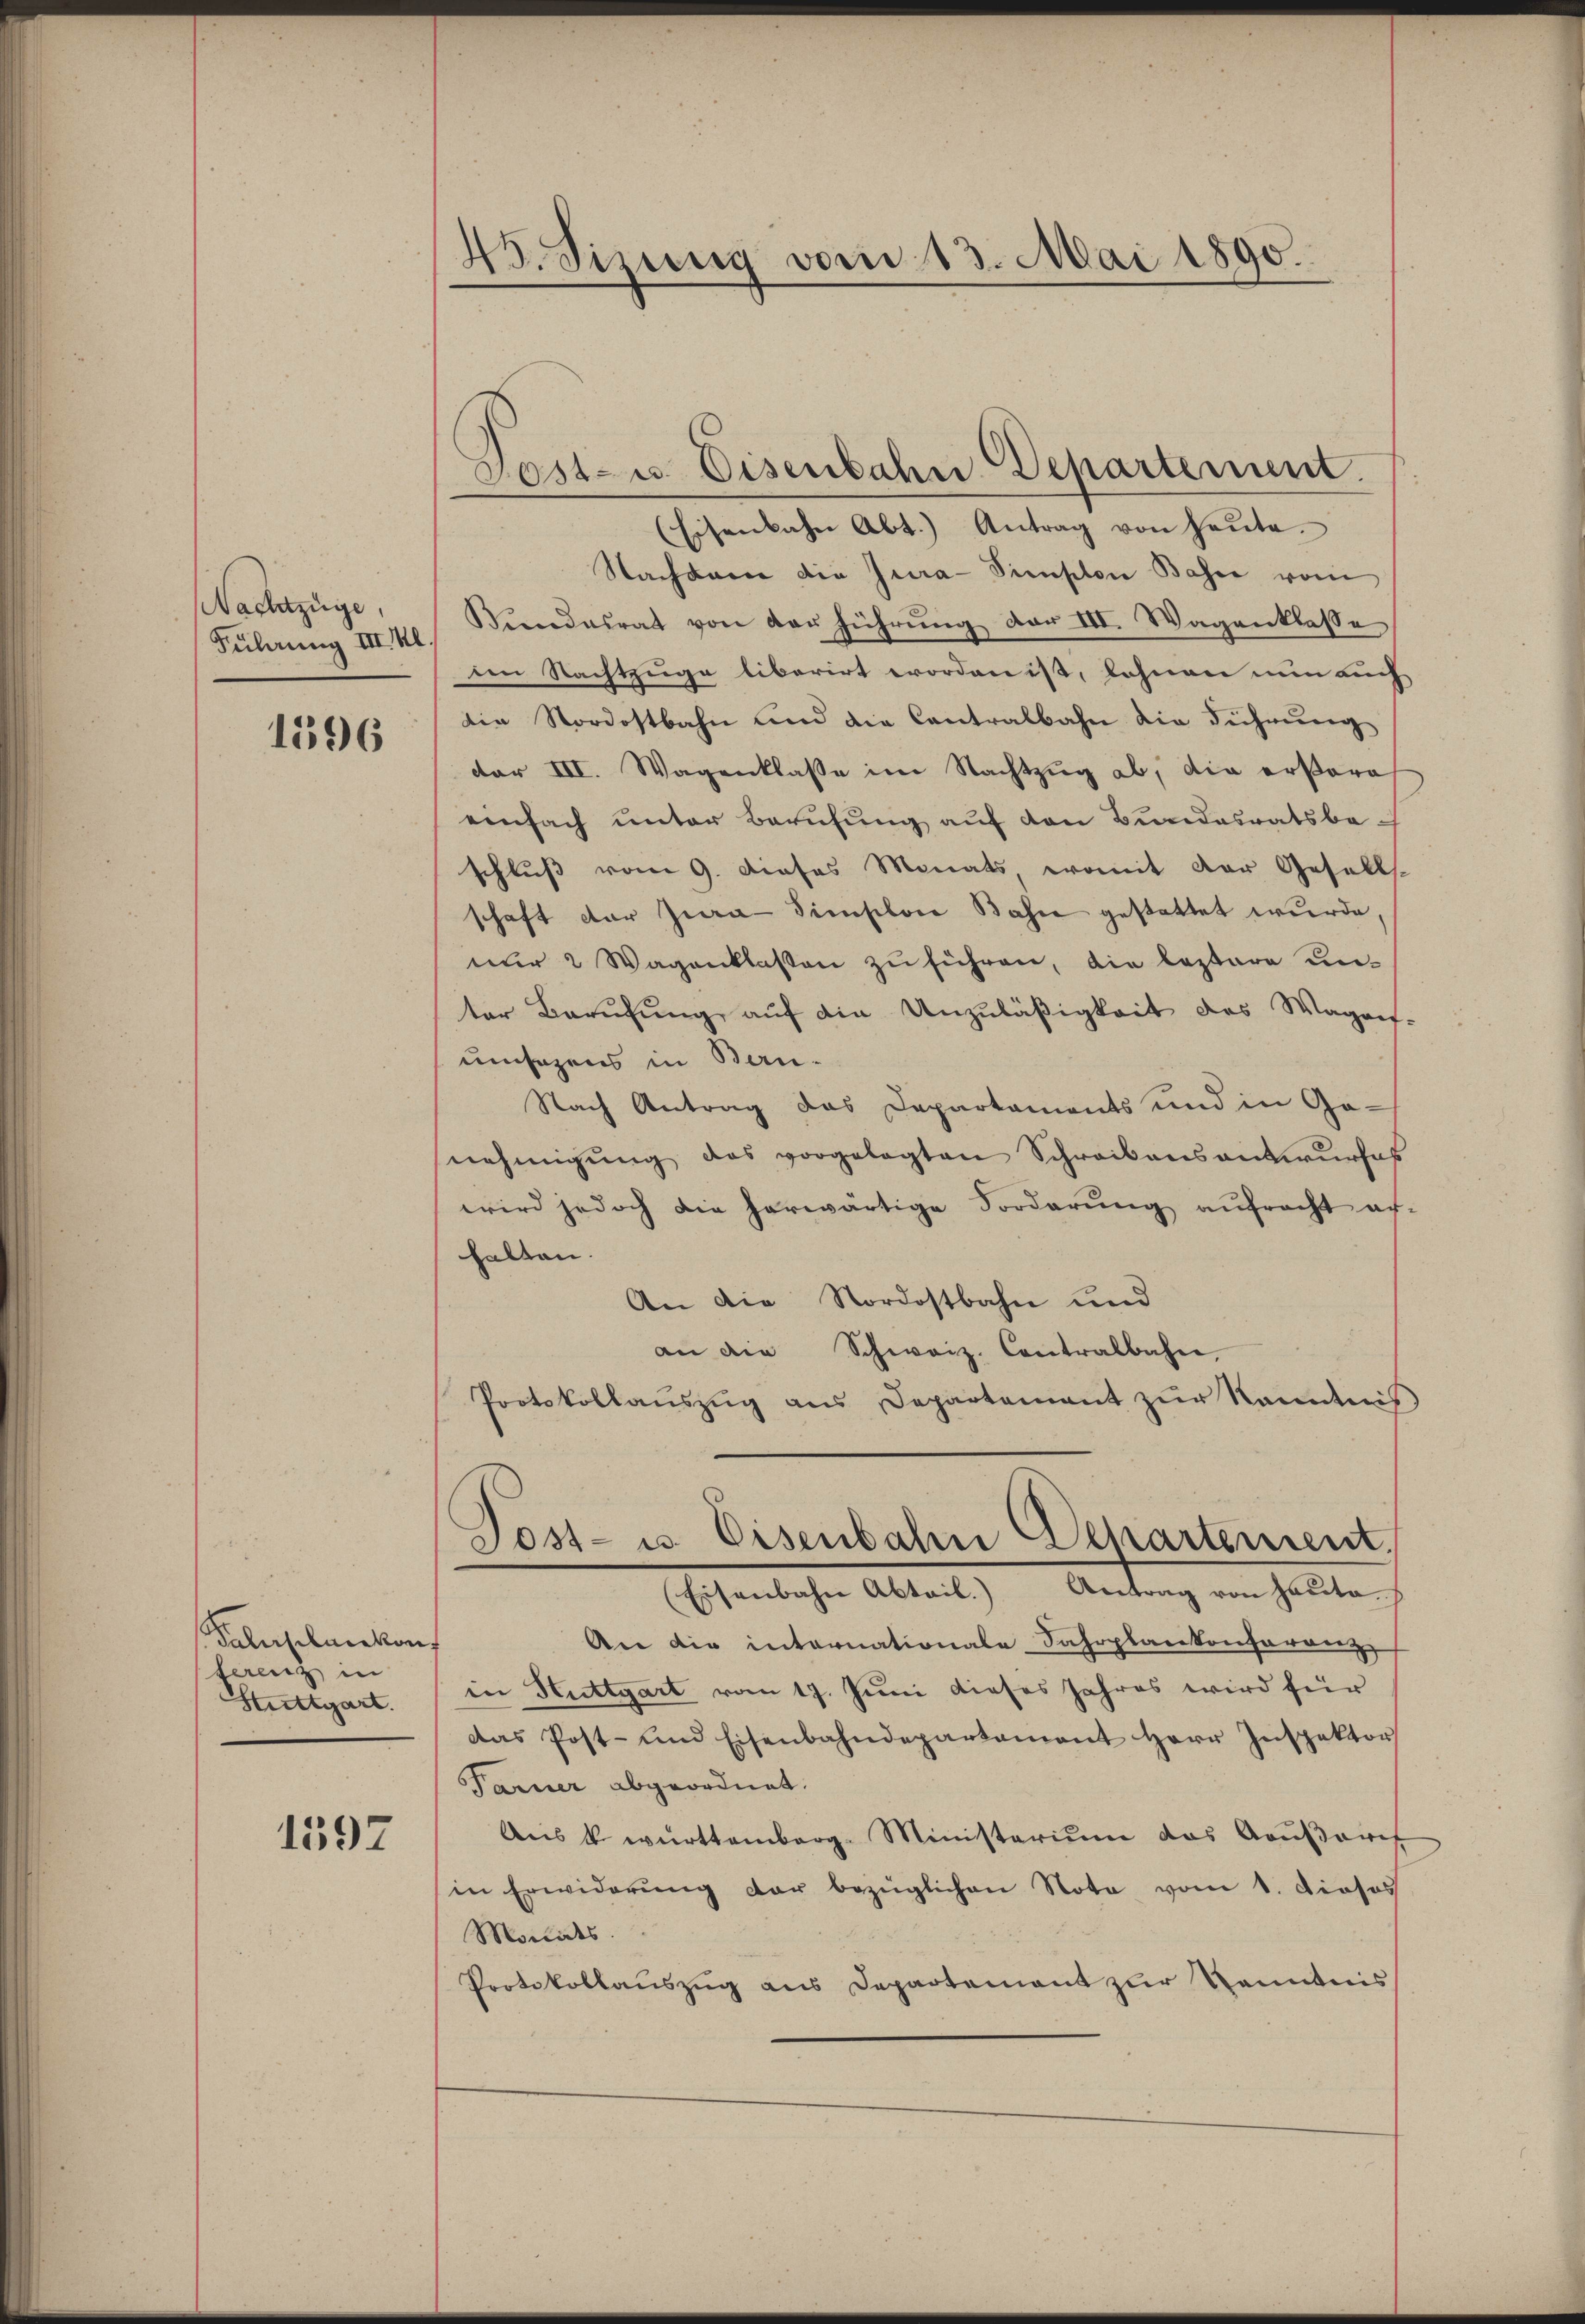
Nachtzüge,
Führung III. Kl.

1596

Kaleplacekon
ferenz in
Stuttgart.

1597

45. Sizung vom 13. Mai 1890.

(Eisenbahn Abt.) Antrag von heŭte.
Nachbare die Jura-Simplon Basse vom
Bundesrat von der führung der III. Wagenklasse
ien Nachtzuge liberirt worden ist, lehnen nun auch
die Nordostbahn und die Contralbahn die Führung
dar III. Wagenklasse im Nachtzug ab, die erstere
einfach unter Berufung auf den Bundesratsbeschluß vom 9. dieses Monats, womit der Gesells
schaft der Jura-Simschon Bahn gestattet wurde,
nur 2 Wagenklassen zu führen, die leztere unter Berufung auf die Unzuläßigkeit des Wagens-
umsazens in Bau-
Nach Antrag das Departaments und in Ge-
nehmigŭng des vorgelegten Schreibensantwŭrfes
wird jedoch die herwärtige Forderŭng aŭfracht ar-
halten.
An die Nordostbahn und
an die Schweiz. Contralbahn,
Protokollaŭszŭg ans Departement zŭr Kanntnis
Post- u. Eisenbahn Departement.
(Eisenbahn Abtail.) Antrag von Hauta
An die internationale Fahrplankonferenz
in Stuttgart vom 17. Juni dieses Jahres wird für
das Post- und Eisenbahndepartament Herr Inspektor
Tarner abgeordnet.
Anis k. württemberg-Ministerium das Aoŭβarif
in Erwiderŭng der bezüglichen Nota vom 1. Dieses
Monides.
Protokollaŭszŭg ans Departement zŭr Kenntnis

Post- u. Eisenbahn Departement.